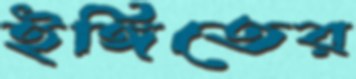
ইঙ্গিতের